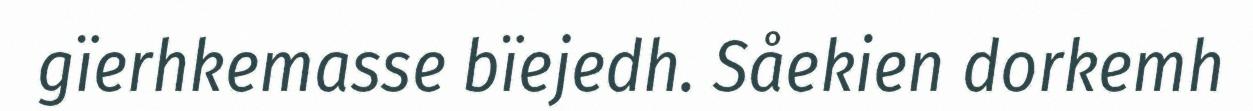
gïerhkemasse bïejedh. Såekien dorkemh